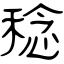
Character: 稔